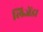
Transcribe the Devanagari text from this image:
लिजेंडा